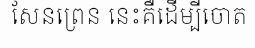
សែនព្រេន នេះគឺដើម្បីចោត